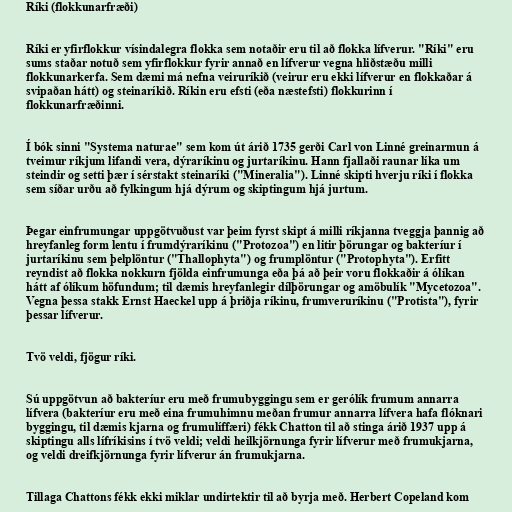
Ríki (flokkunarfræði)

Ríki er yfirflokkur vísindalegra flokka sem notaðir eru til að flokka lífverur. "Ríki" eru
sums staðar notuð sem yfirflokkur fyrir annað en lífverur vegna hliðstæðu milli
flokkunarkerfa. Sem dæmi má nefna veiruríkið (veirur eru ekki lífverur en flokkaðar á
svipaðan hátt) og steinaríkið. Ríkin eru efsti (eða næstefsti) flokkurinn í
flokkunarfræðinni.

Í bók sinni "Systema naturae" sem kom út árið 1735 gerði Carl von Linné greinarmun á
tveimur ríkjum lifandi vera, dýraríkinu og jurtaríkinu. Hann fjallaði raunar líka um
steindir og setti þær í sérstakt steinaríki ("Mineralia"). Linné skipti hverju ríki í flokka
sem síðar urðu að fylkingum hjá dýrum og skiptingum hjá jurtum.

Þegar einfrumungar uppgötvuðust var þeim fyrst skipt á milli ríkjanna tveggja þannig að
hreyfanleg form lentu í frumdýraríkinu ("Protozoa") en litir þörungar og bakteríur í
jurtaríkinu sem þelplöntur ("Thallophyta") og frumplöntur ("Protophyta"). Erfitt
reyndist að flokka nokkurn fjölda einfrumunga eða þá að þeir voru flokkaðir á ólíkan
hátt af ólíkum höfundum; til dæmis hreyfanlegir dílþörungar og amöbulík "Mycetozoa".
Vegna þessa stakk Ernst Haeckel upp á þriðja ríkinu, frumveruríkinu ("Protista"), fyrir
þessar lífverur.

Tvö veldi, fjögur ríki.

Sú uppgötvun að bakteríur eru með frumubyggingu sem er gerólík frumum annarra
lífvera (bakteríur eru með eina frumuhimnu meðan frumur annarra lífvera hafa flóknari
byggingu, til dæmis kjarna og frumulíffæri) fékk Chatton til að stinga árið 1937 upp á
skiptingu alls lífríkisins í tvö veldi; veldi heilkjörnunga fyrir lífverur með frumukjarna,
og veldi dreifkjörnunga fyrir lífverur án frumukjarna.

Tillaga Chattons fékk ekki miklar undirtektir til að byrja með. Herbert Copeland kom